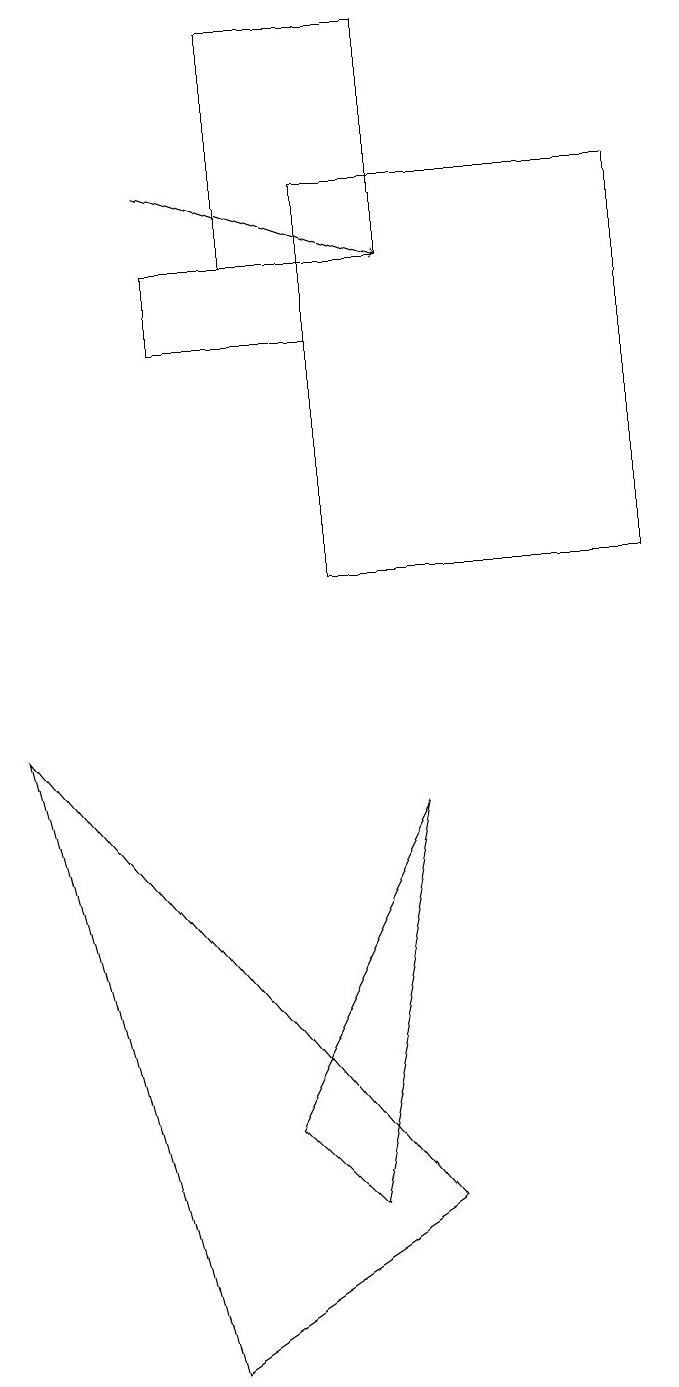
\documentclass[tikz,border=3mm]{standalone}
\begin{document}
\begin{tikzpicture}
\draw (3,18) rectangle (5,15);
\draw[->] (2,16) -- (5,15);
\draw (2,1) -- (0,9) -- (5,3) -- cycle;
\draw (4,11) rectangle (8,16);
\draw (2,14) rectangle (4,15);
\draw (3,4) -- (5,8) -- (4,3) -- cycle;
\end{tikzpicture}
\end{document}